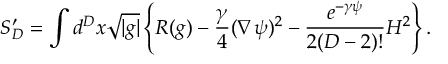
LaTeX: S _ { D } ^ { \prime } = \int d ^ { D } x \sqrt { | g | } \left\{ R ( g ) - \frac { \gamma } 4 ( \nabla \psi ) ^ { 2 } - \frac { e ^ { - \gamma \psi } } { 2 ( D - 2 ) ! } H ^ { 2 } \right\} .